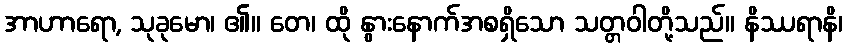
အာဟာရော, သုခုမော၊ ၏။ တေ၊ ထို နွားနောက်အစရှိသော သတ္တဝါတို့သည်။ နိဿရာနိ၊